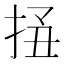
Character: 𢬟